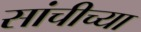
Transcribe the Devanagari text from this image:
सांचीच्या